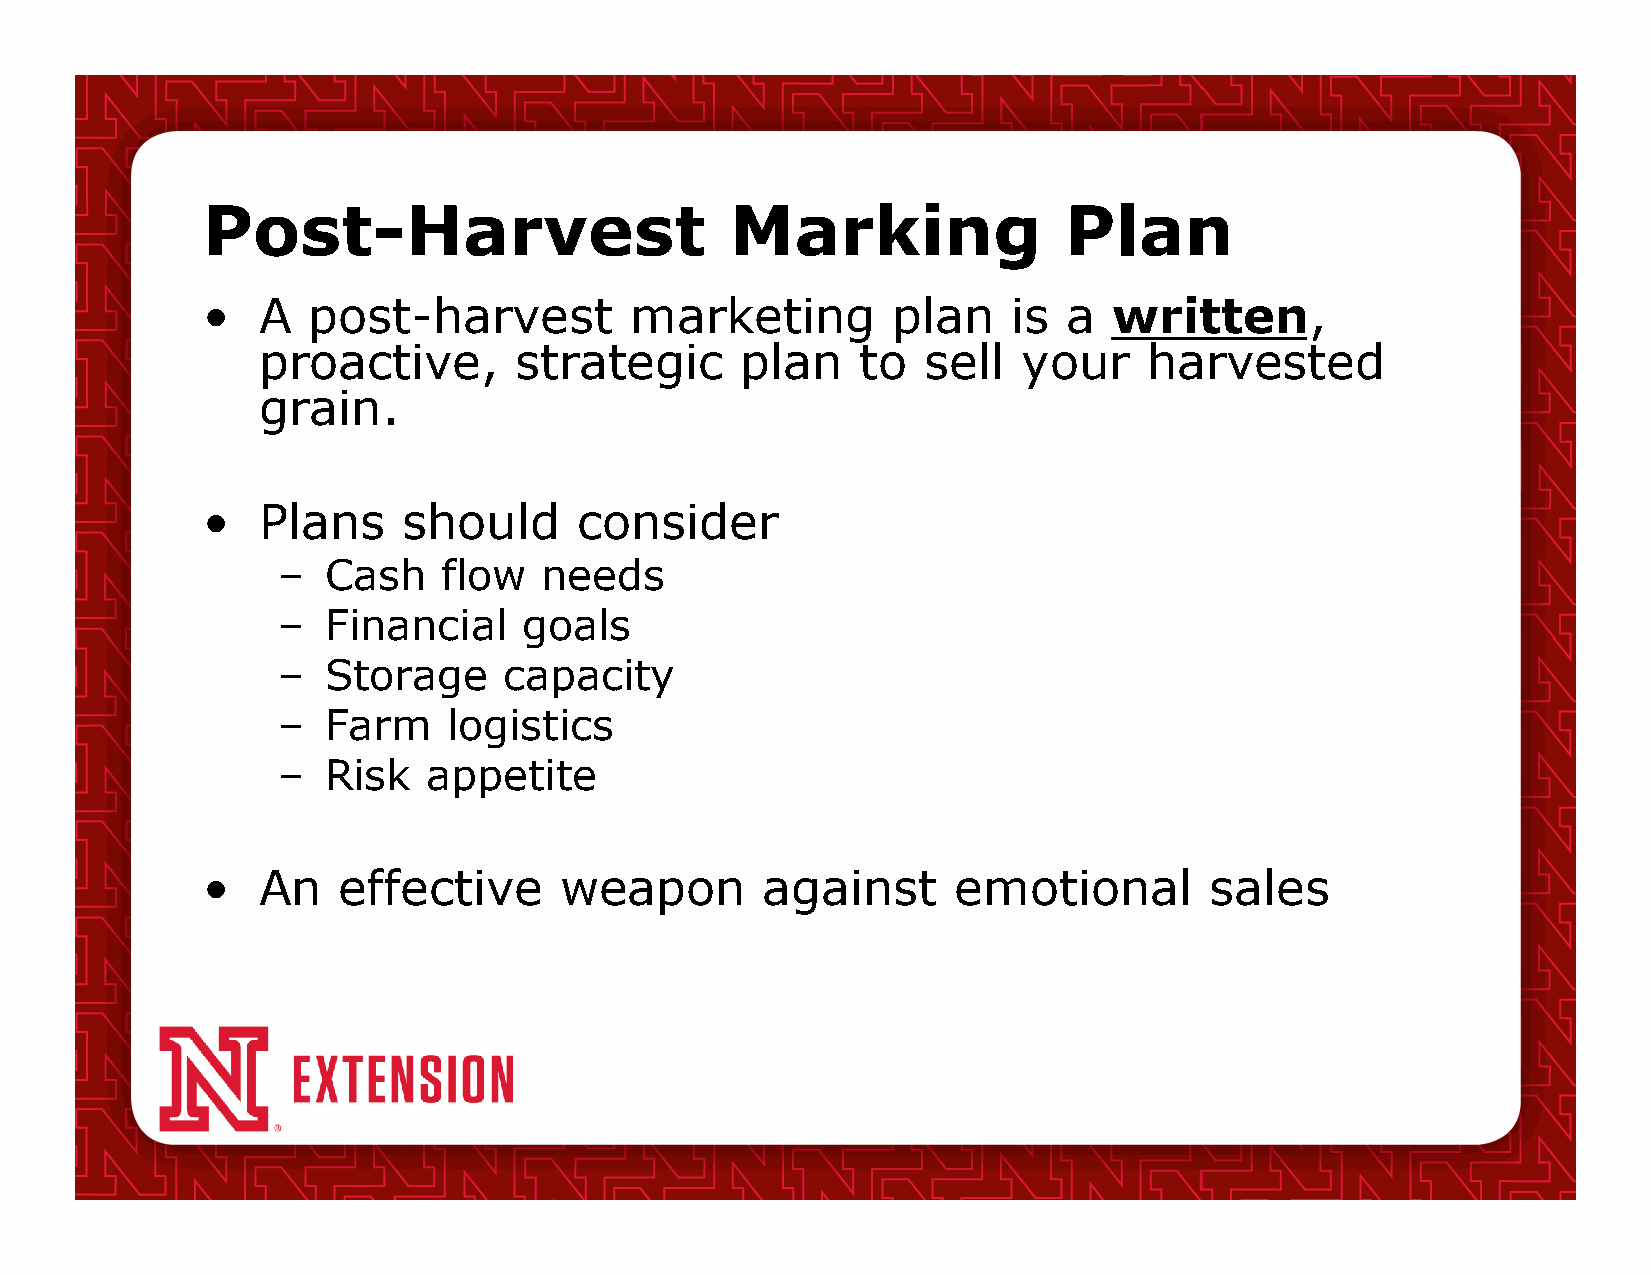
Post-Harvest                       Marking               Plan
 •   A  post-harvest          marketing        plan    is  a  written,
 proactive,       strategic      plan    to  sell   your    harvested
 grain.
 •   Plans     should     consider
 –  Cash    flow   needs
 –  Financial     goals
 –  Storage     capacity
 –  Farm     logistics
 –  Risk   appetite
 •   An   effective      weapon        against     emotional        sales